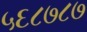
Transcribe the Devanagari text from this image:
५६८७८७